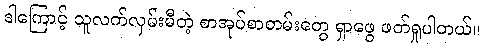
ဒါကြောင့် သူလက်လှမ်းမီတဲ့ စာအုပ်စာတမ်းတွေ ရှာဖွေ ဖတ်ရှုပါတယ်။